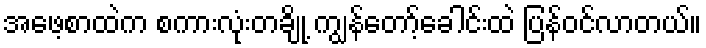
အဖေ့စာထဲက စကားလုံးတချို့ ကျွန်တော့်ခေါင်းထဲ ပြန်ဝင်လာတယ်။